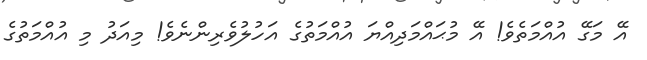
އޭ މަގޭ އުއްމަތެވެ! އޭ މުޙައްމަދިއްޔަ އުއްމަތުގެ އަހުލުވެރިންނެވެ! މިއަދު މި އުއްމަތުގެ